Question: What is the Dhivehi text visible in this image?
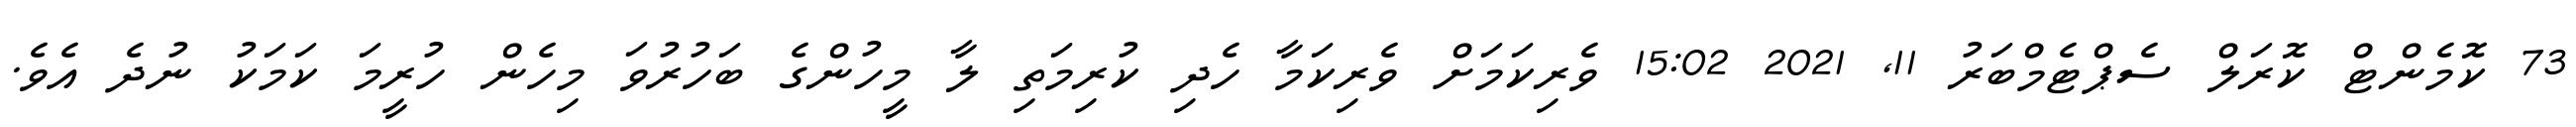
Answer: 73 ކޮމެންޓް ކޮރަލް ސެޕްޓެމްބަރު 11, 2021 15:02 ވެރިކަމަށް ވެރިކަމާ ހެދި ކުރިމަތި ލާ މީހުންގެ ބަހުރުވަ މިހެން ހުރީމަ ކަމަކު ނުދެ އެވެ.